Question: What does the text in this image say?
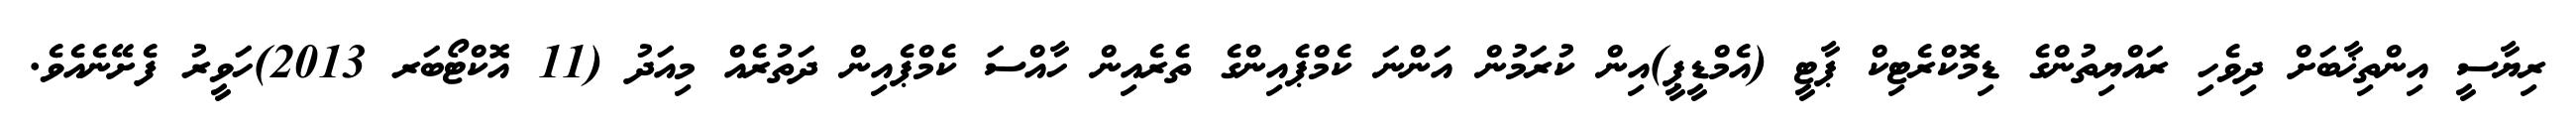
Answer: ރިޔާސީ އިންތިޚާބަށް ދިވެހި ރައްޔިތުންގެ ޑިމޮކްރެޓިކް ޕާޓީ (އެމްޑީޕީ)އިން ކުރަމުން އަންނަ ކެމްޕެއިންގެ ތެރެއިން ހާއްސަ ކެމްޕެއިން ދަތުރެއް މިއަދު (11 އޮކްޓޯބަރ 2013)ހަވީރު ފެށޭނެއެވެ.